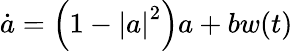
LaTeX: \dot{a}=\left(1-\left|a\right|^{2}\right)a+bw(t)